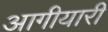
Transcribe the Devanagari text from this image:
आगीयारी